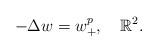
LaTeX: \begin{align*}-\Delta w=w^p_+,\ \ \ \mathbb{R}^2.\end{align*}